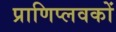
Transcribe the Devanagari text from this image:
प्राणिप्लवकों